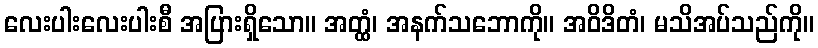
လေးပါးလေးပါးစီ အပြားရှိသော။ အတ္ထံ၊ အနက်သဘောကို။ အဝိဒိတံ၊ မသိအပ်သည်ကို။